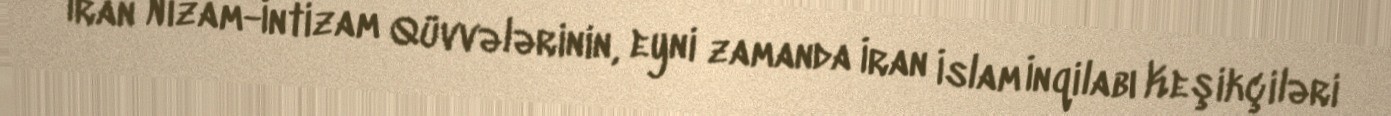
İran Nizam-İntizam Qüvvələrinin, eyni zamanda İran İslam İnqilabı Keşikçiləri